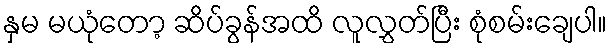
နှမ မယုံတော့ ဆိပ်ခွန်အထိ လူလွှတ်ပြီး စုံစမ်းချေပါ။